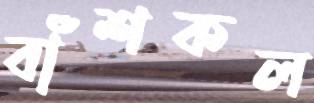
বাঁশকল